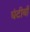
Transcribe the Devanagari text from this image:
घंटीयाँ